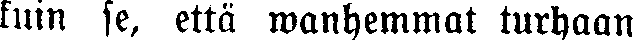
kuin se, että wanhemmat turhaan